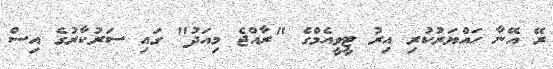
ރޭ އޭނާ ހައްޔަރުކުރި އިރު ޓީވީއެމްގެ "ރާއްޖެ މިއަދު" ގައި ސަރުކާރުގެ އިސް